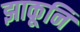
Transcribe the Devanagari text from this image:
झाकूनि